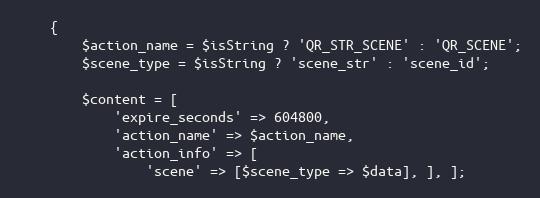
Language: PHP
    {
        $action_name = $isString ? 'QR_STR_SCENE' : 'QR_SCENE';
        $scene_type = $isString ? 'scene_str' : 'scene_id';

        $content = [
            'expire_seconds' => 604800,
            'action_name' => $action_name,
            'action_info' => [
                'scene' => [$scene_type => $data], ], ];